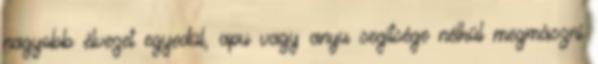
nagyobb élvezet egyedül, apu vagy anyu segítsége nélkül megmászni